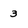
Character: 3